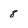
Character: 8